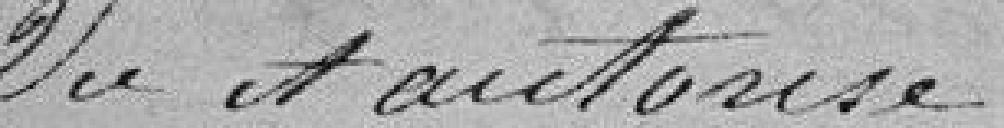
Vu et autorisé,